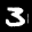
Label: 3